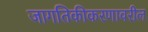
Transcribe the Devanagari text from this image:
जागतिकीकरणावरील